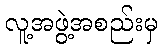
လူ့အဖွဲ့အစည်းမှ